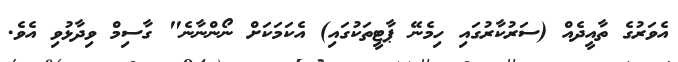
އެވަރުގެ ތާއީދެއް (ސަރުކާރުގައި ހިމެނޭ ޕާޓީތަކުގައި) އެކަމަކަށް ނޯންނާނެ" ގާސިމް ވިދާޅުވި އެވެ.